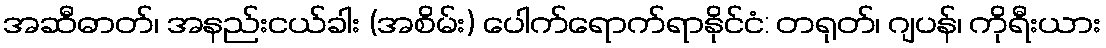
အဆီဓာတ်၊ အနည်းငယ်ခါး (အစိမ်း) ပေါက်ရောက်ရာနိုင်ငံ: တရုတ်၊ ဂျပန်၊ ကိုရီးယား